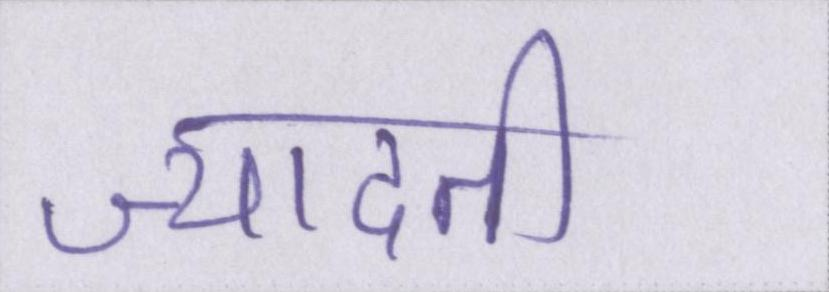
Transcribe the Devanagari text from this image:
ज्यादती